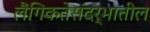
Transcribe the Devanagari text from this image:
लैंगिकतेसंदर्भातील